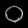
Digit: ၀